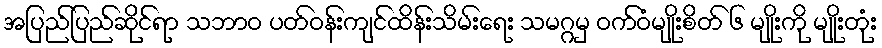
အပြည်ပြည်ဆိုင်ရာ သဘာဝ ပတ်ဝန်းကျင်ထိန်းသိမ်းရေး သမဂ္ဂမှ ဝက်ဝံမျိုးစိတ် ၆ မျိုးကို မျိုးတုံး